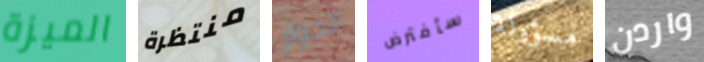
الميزة منتظرة الحوار سأفترض مسؤولة واردن